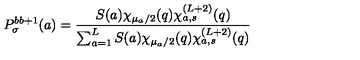
P _ { \sigma } ^ { b b + 1 } ( a ) = \frac { S ( a ) \chi _ { \mu _ { a } / 2 } ( q ) \chi _ { a , s } ^ { ( L + 2 ) } ( q ) } { \sum _ { a = 1 } ^ { L } S ( a ) \chi _ { \mu _ { a } / 2 } ( q ) \chi _ { a , s } ^ { ( L + 2 ) } ( q ) }